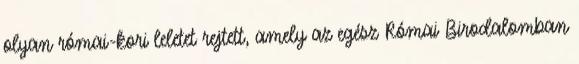
olyan római-kori leletet rejtett, amely az egész Római Birodalomban